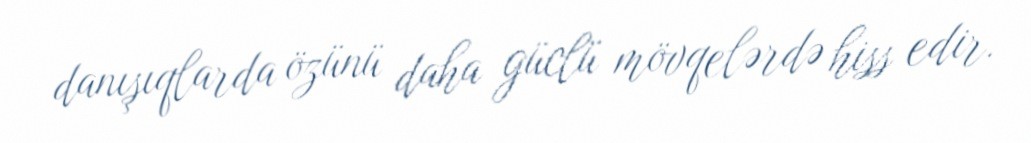
danışıqlarda özünü daha güclü mövqelərdə hiss edir.